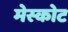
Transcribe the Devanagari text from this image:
मेस्कोट